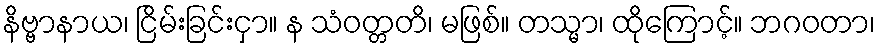
နိဗ္ဗာနာယ၊ ငြိမ်းခြင်းငှာ။ န သံဝတ္တတိ၊ မဖြစ်။ တသ္မာ၊ ထိုကြောင့်။ ဘဂဝတာ၊